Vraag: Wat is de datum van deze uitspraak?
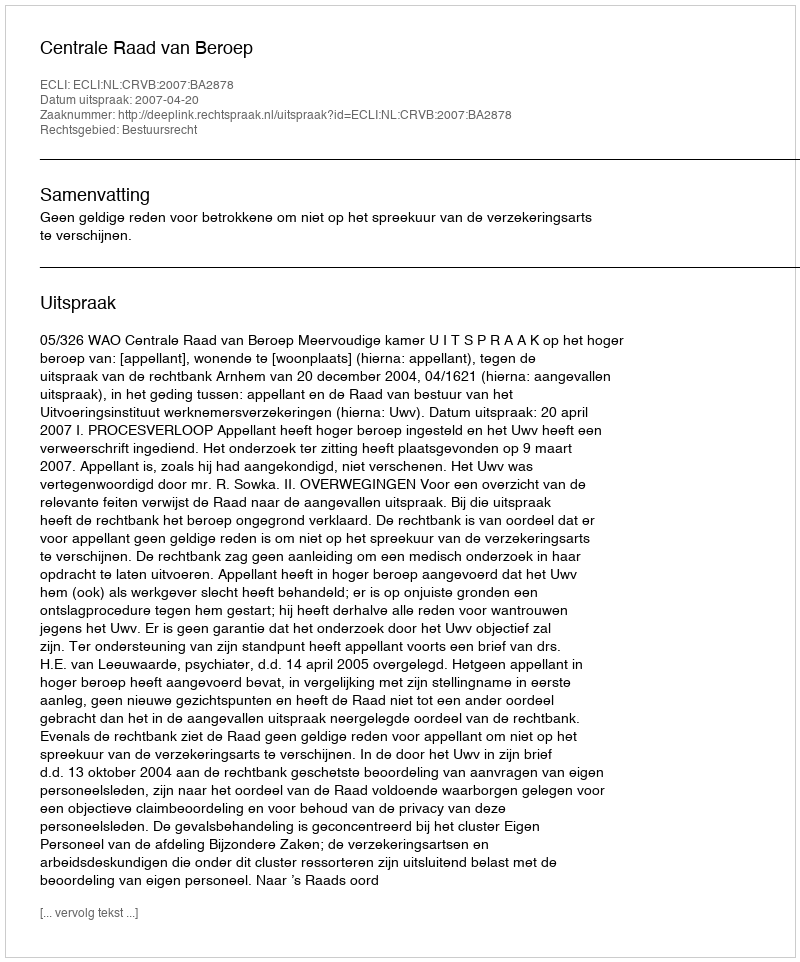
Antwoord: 2007-04-20